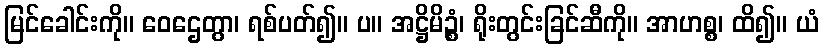
မြင်ခေါင်းကို။ ဝေဌေတွာ၊ ရစ်ပတ်၍။ ပ။ အဋ္ဌိမိဉ္စံ၊ ရိုးတွင်းခြင်ဆီကို။ အာဟစ္စ၊ ထိ၍။ ယံ